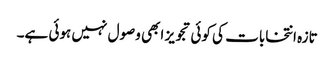
تازہ انتخابات کی کوئی تجویز ابھی وصول نہیں ہوئی ہے۔